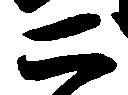
二